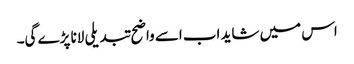
اس میں شاید اب اسے واضح تبدیلی لانا پڑے گی۔